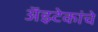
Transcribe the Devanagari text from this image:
अॅझ्टेकांचे